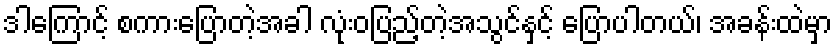
ဒါကြောင့် စကားပြောတဲ့အခါ လုံးဝပြည့်တဲ့အသွင်နှင့် ပြောပါတယ်၊ အခန်းထဲမှာ